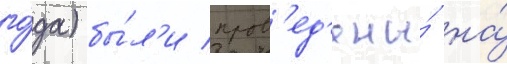
го́да) бы́л'и пров'ед'ены́ на́